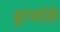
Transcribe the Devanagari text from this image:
बुरजोई।